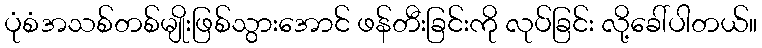
ပုံစံအသစ်တစ်မျိုးဖြစ်သွားအောင် ဖန်တီးခြင်းကို လုပ်ခြင်း လို့ခေါ်ပါတယ်။